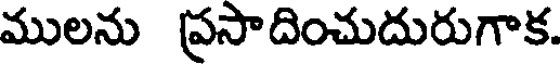
ములను ప్రసాదించుదురుగాక.